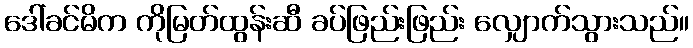
ဒေါ်ခင်မိက ကိုမြတ်ထွန်းဆီ ခပ်ဖြည်းဖြည်း လျှောက်သွားသည်။